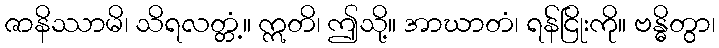
ဇာနိဿာမိ၊ သိရလတ္တံ့။ ဣတိ၊ ဤသို့။ အာဃာတံ၊ ရန်ငြိုးကို။ ဗန္ဓိတွာ၊